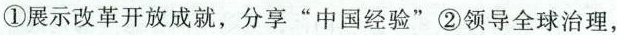
①展示改革开放成就，分享”中国经验” ②领导全球治理，